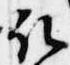
取